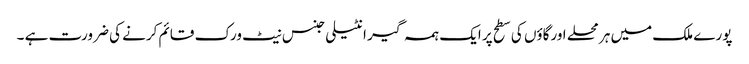
پورے ملک میں ہر محلے اورگاؤں کی سطح پر ایک ہمہ گیر انٹیلی جنس نیٹ ورک قائم کرنے کی ضرورت ہے ۔